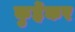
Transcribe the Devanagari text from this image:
कुर्हेकर